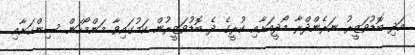
އަދި ބޮޑުވަޒީރު ނަރެންދްރާ މޯދީއަށާއި ކުރީގެ ދެ ބޮޑުވަޒީރުން ކަމުގައިވާ މަންމޯހަން ސިންހަށާއި